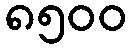
၈၅၀၀